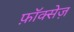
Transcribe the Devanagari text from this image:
फ़ॉक्सेज़